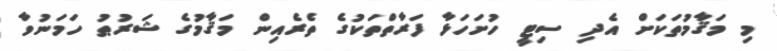
މި މަޤާމުތަކަށް އެދި ސިޓީ ހުށަހަޅާ ފަރާތްތަކުގެ ތެރެއިން މަޤާމުގެ ޝަރުޠު ހަމަނުވާ